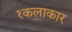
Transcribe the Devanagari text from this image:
१कलाकार